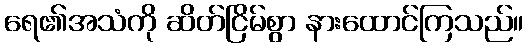
ရေ၏အသံကို ဆိတ်ငြိမ်စွာ နားထောင်ကြသည်။